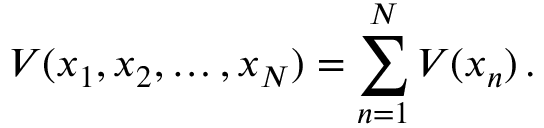
V ( x _ { 1 } , x _ { 2 } , \ldots , x _ { N } ) = \sum _ { n = 1 } ^ { N } V ( x _ { n } ) \, .